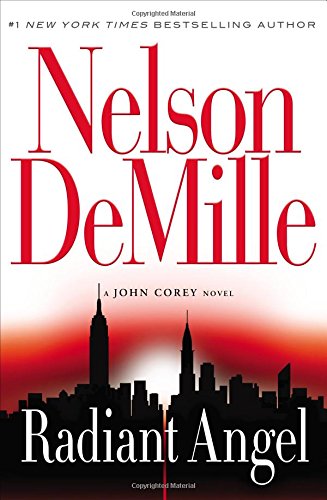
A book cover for Radiant Angel (A John Corey Novel); Nelson DeMille; Mystery, Thriller & Suspense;